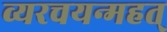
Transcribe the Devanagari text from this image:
व्यरचयन्महत्